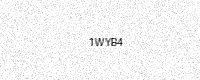
Text: 1WYB4